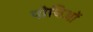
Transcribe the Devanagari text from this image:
पोथिओं